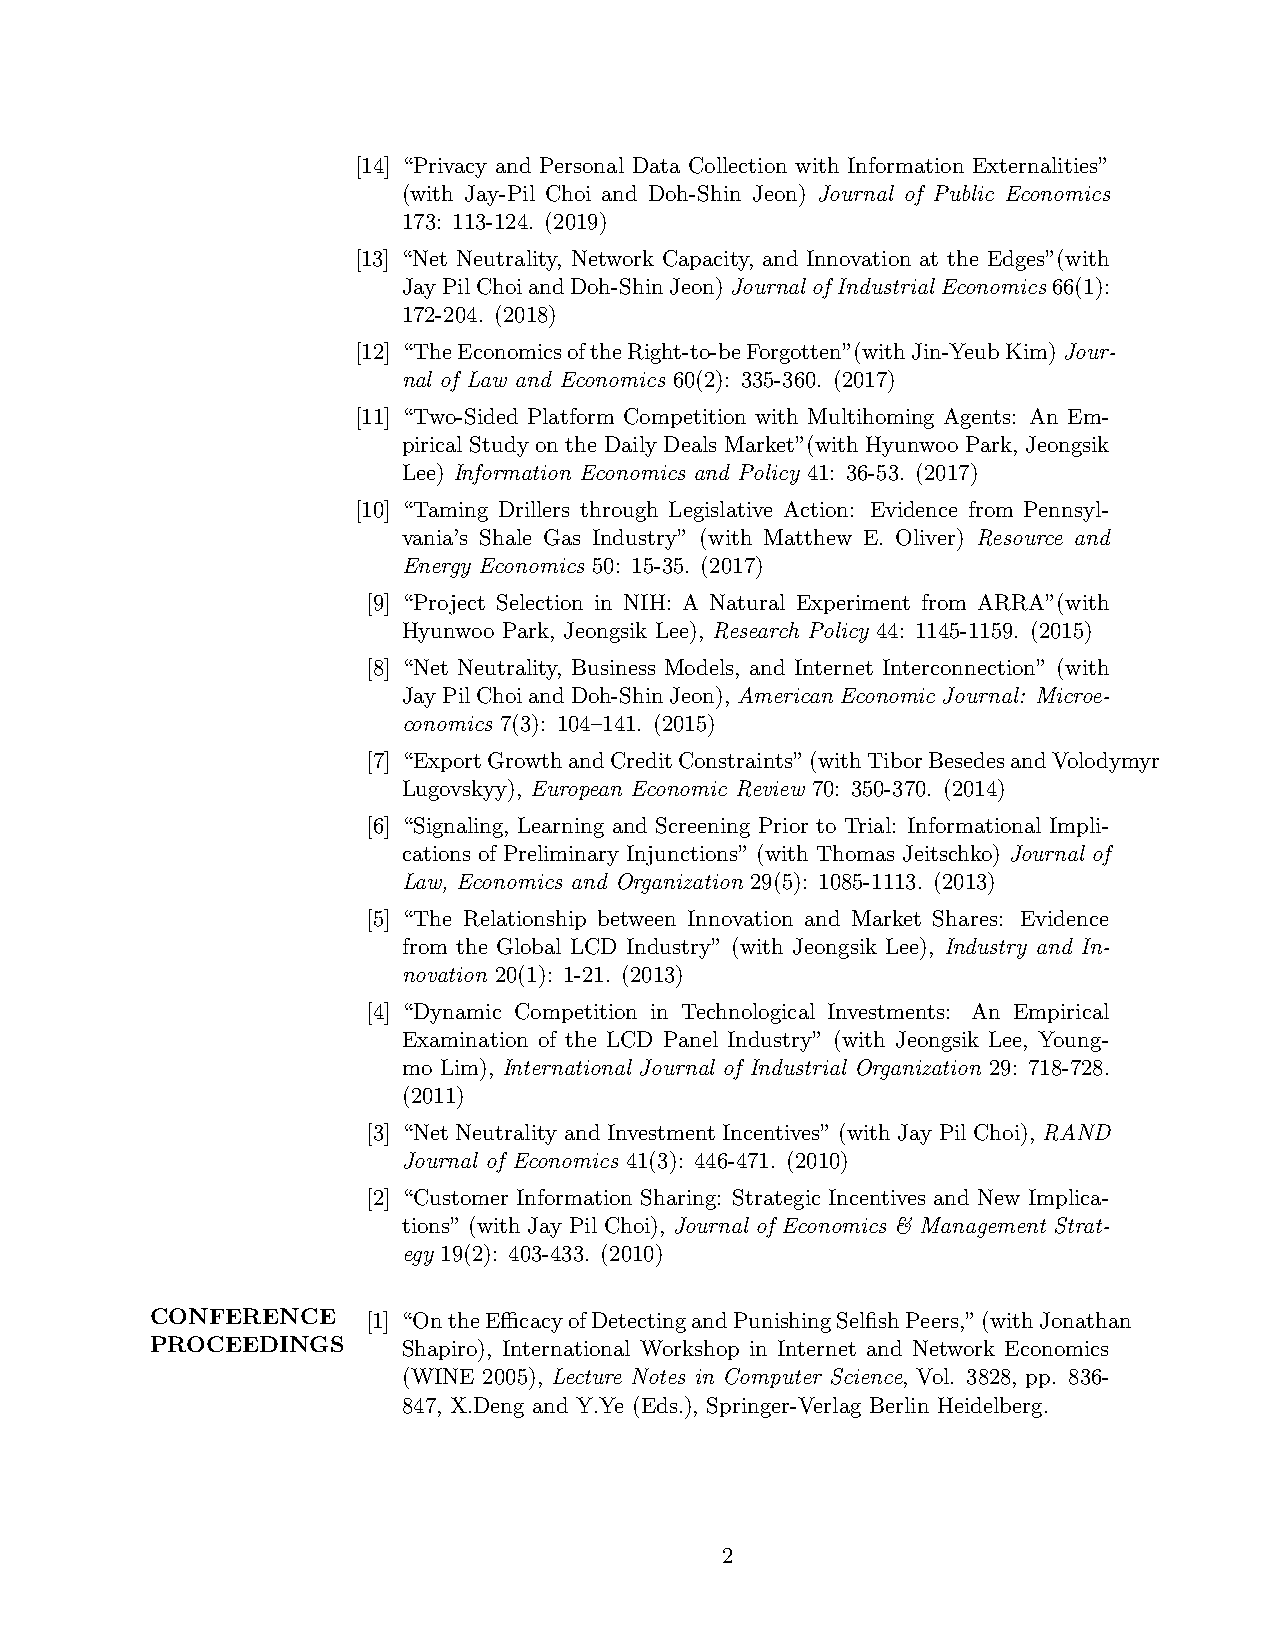
[14] “Privacy and Personal Data Collection with Information Externalities”
 (with Jay-Pil Choi and Doh-Shin Jeon) Journal of Public Economics
 173: 113-124. (2019)
 [13] “Net Neutrality, Network Capacity, and Innovation at the Edges”(with
 JayPilChoiandDoh-ShinJeon)Journal of Industrial Economics66(1):
 172-204. (2018)
 [12] “TheEconomicsoftheRight-to-beForgotten”(withJin-YeubKim)Jour-
 nal of Law and Economics 60(2): 335-360. (2017)
 [11] “Two-Sided Platform Competition with Multihoming Agents: An Em-
 pirical Study on the Daily Deals Market”(with Hyunwoo Park, Jeongsik
 Lee) Information Economics and Policy 41: 36-53. (2017)
 [10] “Taming Drillers through Legislative Action: Evidence from Pennsyl-
 vania’s Shale Gas Industry” (with Matthew E. Oliver) Resource and
 Energy Economics 50: 15-35. (2017)
 [9] “Project Selection in NIH: A Natural Experiment from ARRA”(with
 Hyunwoo Park, Jeongsik Lee), Research Policy 44: 1145-1159. (2015)
 [8] “Net Neutrality, Business Models, and Internet Interconnection” (with
 JayPilChoiandDoh-ShinJeon),American Economic Journal: Microe-
 conomics 7(3): 104–141. (2015)
 [7] “ExportGrowthandCreditConstraints”(withTiborBesedesandVolodymyr
 Lugovskyy), European Economic Review 70: 350-370. (2014)
 [6] “Signaling, Learning and Screening Prior to Trial: Informational Impli-
 cations of Preliminary Injunctions” (with Thomas Jeitschko) Journal of
 Law, Economics and Organization 29(5): 1085-1113. (2013)
 [5] “The Relationship between Innovation and Market Shares: Evidence
 from the Global LCD Industry” (with Jeongsik Lee), Industry and In-
 novation 20(1): 1-21. (2013)
 [4] “Dynamic Competition in Technological Investments: An Empirical
 Examination of the LCD Panel Industry” (with Jeongsik Lee, Young-
 mo Lim), International Journal of Industrial Organization 29: 718-728.
 (2011)
 [3] “Net Neutrality and Investment Incentives” (with Jay Pil Choi), RAND
 Journal of Economics 41(3): 446-471. (2010)
 [2] “Customer Information Sharing: Strategic Incentives and New Implica-
 tions” (with Jay Pil Choi), Journal of Economics & Management Strat-
 egy 19(2): 403-433. (2010)
 CONFERENCE    [1] “OntheEfficacyofDetectingandPunishingSelfishPeers,”(withJonathan
 PROCEEDINGS      Shapiro), International Workshop in Internet and Network Economics
 (WINE 2005), Lecture Notes in Computer Science, Vol. 3828, pp. 836-
 847, X.Deng and Y.Ye (Eds.), Springer-Verlag Berlin Heidelberg.
 2